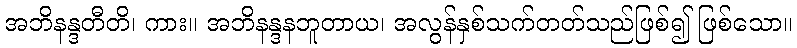
အဘိနန္ဒတီတိ၊ ကား။ အဘိနန္ဒနဘူတာယ၊ အလွန်နှစ်သက်တတ်သည်ဖြစ်၍ ဖြစ်သော။